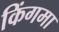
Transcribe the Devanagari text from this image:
किंगमा